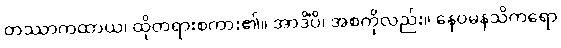
တဿာကထာယ၊ ထိုတရားစကား၏။ အာဒိံပိ၊ အစကိုလည်း။ နေဝမနသိကရော